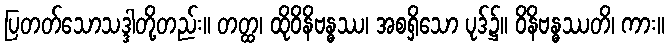
ပြတတ်သောသဒ္ဒါတို့တည်း။ တတ္ထ၊ ထိုဝိနိဗန္ဓဿ၊ အစရှိသော ပုဒ်၌။ ဝိနိဗန္ဓဿတိ၊ ကား။